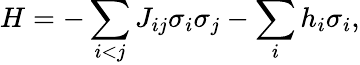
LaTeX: H=-\sum_{i<j}J_{ij}\sigma_{i}\sigma_{j}-\sum_{i}h_{i}\sigma_{i},